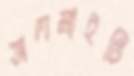
অলমাইটি